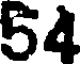
54